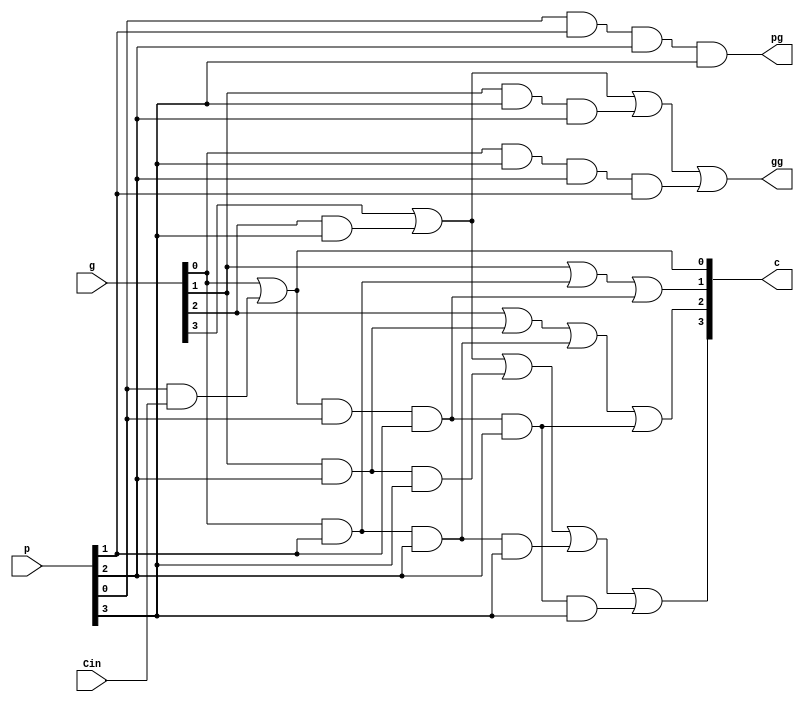
module groupcla(p, g, Cin, c, pg, gg);
    input [3:0] p;
    input [3:0] g;
    input Cin;
    output [3:0] c;
    output pg, gg;

    assign c[0] = g[0] | (p[0] & Cin);
    assign c[1] = g[1] | (g[0] & p[1]) | (c[0] & p[0] & p[1]);
    assign c[2] = g[2] | (g[1] & p[2]) | (g[0] & p[1] & p[2]) | (c[0] & p[0] & p[1] & p[2]);
    assign c[3] = g[3] | (g[2] & p[3]) | (g[1] & p[2] & p[3]) | (g[0] & p[1] & p[2] & p[3]) | (c[0] & p[0] & p[1] & p[2] & p[3]);

    assign pg = p[0] & p[1] & p[2] & p[3];
    assign gg = g[3] | (g[2] & p[3]) | (g[1] & p[3] & p[2]) | (g[0] & p[3] & p[2] & p[1]);

endmodule